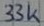
Text: 33k